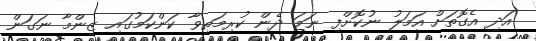
އަދި އެގޮތަށް އަމަލު ނުކޮށްފި ނަމަ ދެން ކުރިމަތިވާ ކަންކަމުގައި ޒިންމާ ނަގަން